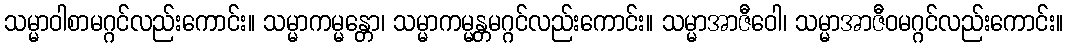
သမ္မာဝါစာမဂ္ဂင်လည်းကောင်း။ သမ္မာကမ္မန္တော၊ သမ္မာကမ္မန္တမဂ္ဂင်လည်းကောင်း။ သမ္မာအာဇီဝေါ၊ သမ္မာအာဇီဝမဂ္ဂင်လည်းကောင်း။